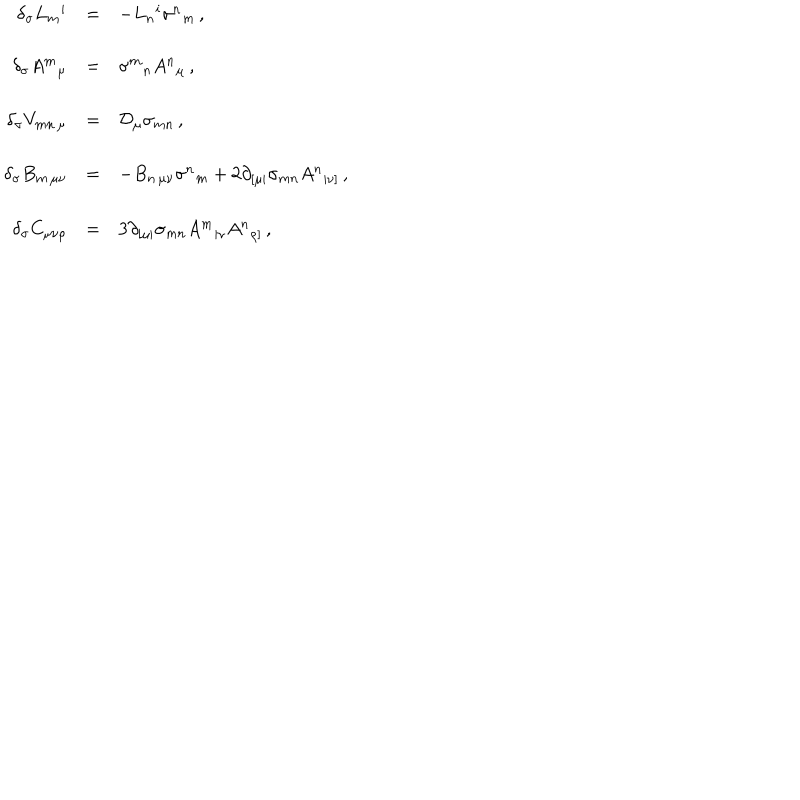
LaTeX: \begin{array} { r c l } { { \delta _ { \sigma } L _ { m } { } ^ { i } } } & { { = } } & { { - L _ { n } { } ^ { i } \sigma ^ { n } { } _ { m } \, , } } \\ { { } } & { { } } & { { } } \\ { { \delta _ { \sigma } A ^ { m } { } _ { \mu } } } & { { = } } & { { \sigma ^ { m } { } _ { n } A ^ { n } { } _ { \mu } \, , } } \\ { { } } & { { } } & { { } } \\ { { \delta _ { \sigma } V _ { m n \, \mu } } } & { { = } } & { { \mathcal { D } _ { \mu } \sigma _ { m n } \, , } } \\ { { } } & { { } } & { { } } \\ { { \delta _ { \sigma } B _ { m \, \mu \nu } } } & { { = } } & { { - B _ { n \, \mu \nu } \sigma ^ { n } { } _ { m } + 2 \partial _ { [ \mu | } \sigma _ { m n } A ^ { n } { } _ { | \nu ] } \, , } } \\ { { } } & { { } } & { { } } \\ { { \delta _ { \sigma } C _ { \mu \nu \rho } } } & { { = } } & { { 3 \partial _ { [ \mu | } \sigma _ { m n } A ^ { m } { } _ { | \nu } A ^ { n } { } _ { \rho ] } \, , } } \\ \end{array}